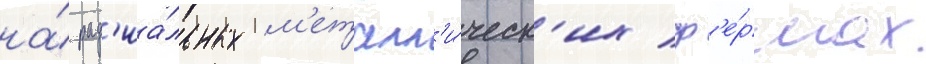
на́ рад'иа́льных м'еталл'и́ческ'их ф'е́рмах